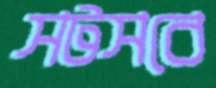
সটসবে